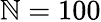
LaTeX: \mathbb{N}=100